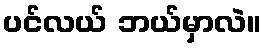
ပင်လယ် ဘယ်မှာလဲ။